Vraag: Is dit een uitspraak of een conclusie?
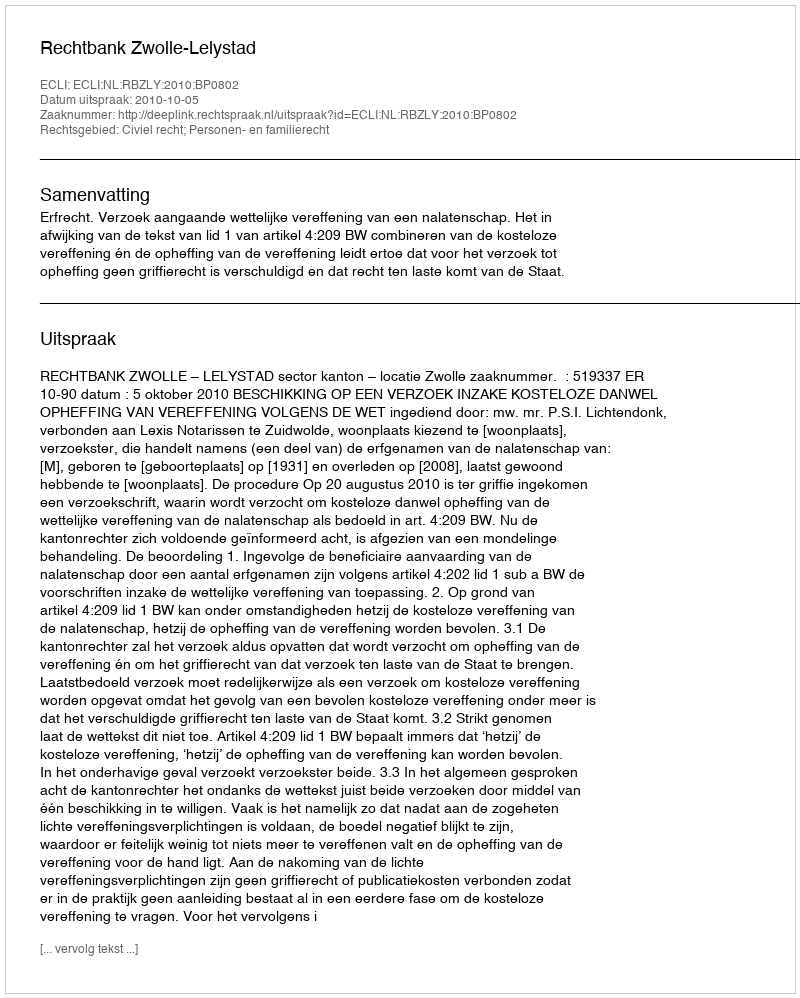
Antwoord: Uitspraak